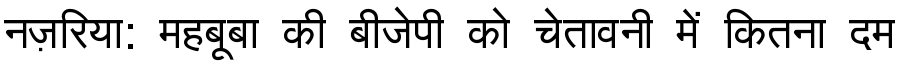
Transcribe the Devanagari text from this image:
नज़रिया: महबूबा की बीजेपी को चेतावनी में कितना दम